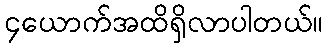
၄ယောက်အထိရှိလာပါတယ်။